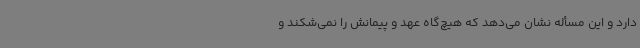
دارد و این مسأله نشان می‌دهد که هیچ‌گاه عهد و پیمانش را نمی‌شکند و